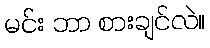
မင်း ဘာ စားချင်လဲ။